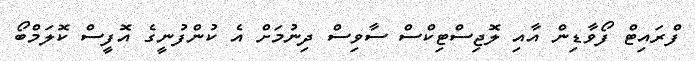
ފްރައިޓް ފޯވާޑިން އާއި ލޮޖިސްޓިކްސް ސާވިސް ދިނުމަށް އެ ކުންފުނީގެ އޮފީސް ކޮލަމްބޯ